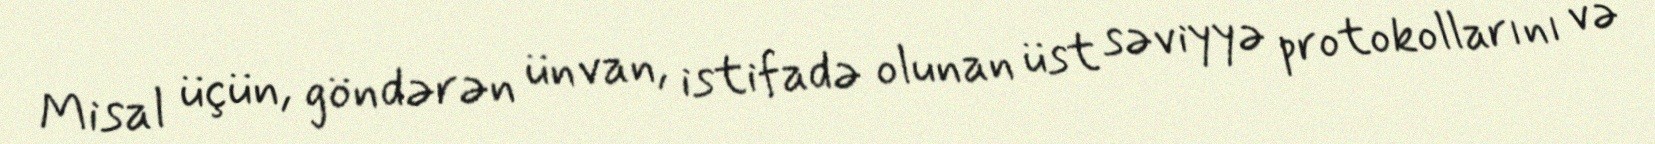
Misal üçün, göndərən ünvan, istifadə olunan üst səviyyə protokollarını və